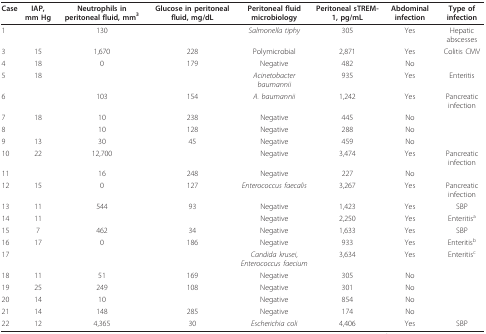
<table><thead><tr><td><b>Case</b></td><td><b>IAP, mm Hg</b></td><td><b>Neutrophils in peritoneal fluid, mm<sup>3</sup></b></td><td><b>Glucose in peritoneal fluid, mg/dL</b></td><td><b>Peritoneal fluid microbiology</b></td><td><b>Peritoneal sTREM-1, pg/mL</b></td><td><b>Abdominal infection</b></td><td><b>Type of infection</b></td></tr></thead><tbody><tr><td>1</td><td></td><td>130</td><td></td><td><i>Salmonella tiphy</i></td><td>305</td><td>Yes</td><td>Hepatic abscesses</td></tr><tr><td>3</td><td>15</td><td>1,670</td><td>228</td><td>Polymicrobial</td><td>2,871</td><td>Yes</td><td>Colitis CMV</td></tr><tr><td>4</td><td>18</td><td>0</td><td>179</td><td>Negative</td><td>482</td><td>No</td><td></td></tr><tr><td>5</td><td>18</td><td></td><td></td><td><i>Acinetobacter baumannii</i></td><td>935</td><td>Yes</td><td>Enteritis</td></tr><tr><td>6</td><td></td><td>103</td><td>154</td><td><i>A. baumannii</i></td><td>1,242</td><td>Yes</td><td>Pancreatic infection</td></tr><tr><td>7</td><td>18</td><td>10</td><td>238</td><td>Negative</td><td>445</td><td>No</td><td></td></tr><tr><td>8</td><td></td><td>10</td><td>128</td><td>Negative</td><td>288</td><td>No</td><td></td></tr><tr><td>9</td><td>13</td><td>30</td><td>45</td><td>Negative</td><td>459</td><td>No</td><td></td></tr><tr><td>10</td><td>22</td><td>12,700</td><td></td><td>Negative</td><td>3,474</td><td>Yes</td><td>Pancreatic infection</td></tr><tr><td>11</td><td></td><td>16</td><td>248</td><td>Negative</td><td>227</td><td>No</td><td></td></tr><tr><td>12</td><td>15</td><td>0</td><td>127</td><td><i>Enterococcus faecalis</i></td><td>3,267</td><td>Yes</td><td>Pancreatic infection</td></tr><tr><td>13</td><td>11</td><td>544</td><td>93</td><td>Negative</td><td>1,423</td><td>Yes</td><td>SBP</td></tr><tr><td>14</td><td>11</td><td></td><td></td><td>Negative</td><td>2,250</td><td>Yes</td><td>Enteritis<sup>a</sup></td></tr><tr><td>15</td><td>7</td><td>462</td><td>34</td><td>Negative</td><td>1,633</td><td>Yes</td><td>SBP</td></tr><tr><td>16</td><td>17</td><td>0</td><td>186</td><td>Negative</td><td>933</td><td>Yes</td><td>Enteritis<sup>b</sup></td></tr><tr><td>17</td><td></td><td></td><td></td><td><i>Candida krusei</i>,<i>Enterococcus faecium</i></td><td>3,634</td><td>Yes</td><td>Enteritis<sup>c</sup></td></tr><tr><td>18</td><td>11</td><td>51</td><td>169</td><td>Negative</td><td>305</td><td>No</td><td></td></tr><tr><td>19</td><td>25</td><td>249</td><td>108</td><td>Negative</td><td>301</td><td>No</td><td></td></tr><tr><td>20</td><td>14</td><td>10</td><td></td><td>Negative</td><td>854</td><td>No</td><td></td></tr><tr><td>21</td><td>14</td><td>148</td><td>285</td><td>Negative</td><td>174</td><td>No</td><td></td></tr><tr><td>22</td><td>12</td><td>4,365</td><td>30</td><td><i>Escherichia coli</i></td><td>4,406</td><td>Yes</td><td>SBP</td></tr></tbody></table>